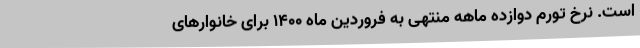
است. نرخ تورم دوازده ماهه منتهی به فروردین ماه ١٤٠٠ برای خانوارهای